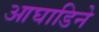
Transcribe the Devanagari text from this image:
आघाडिने